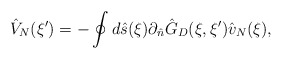
\begin{align*}{\hat{V}_N}(\xi')=-\oint{d}\hat{s}(\xi){\partial_{\hat{n}}}{\hat{G}_D}(\xi,\xi'){\hat{v}_N}(\xi),\end{align*}